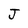
Character: J